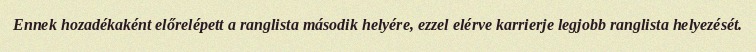
Ennek hozadékaként előrelépett a ranglista második helyére, ezzel elérve karrierje legjobb ranglista helyezését.